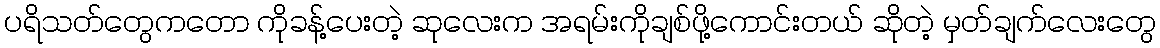
ပရိသတ်တွေကတော ကိုခန့်ပေးတဲ့ ဆုလေးက အရမ်းကိုချစ်ဖို့ကောင်းတယ် ဆိုတဲ့ မှတ်ချက်လေးတွေ